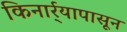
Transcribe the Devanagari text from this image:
किनार्र्यापासून